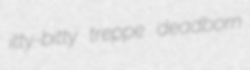
itty-bitty treppe deadborn